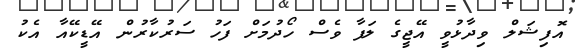
އޮފިޝަލް ވިދާޅުވީ އޭޖީގެ ލަފާ ވެސް ހޯދުމަށް ފަހު ސަރުކާރުން އޭޑީކޭއާ އެކު